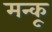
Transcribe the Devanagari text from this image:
मन्कू